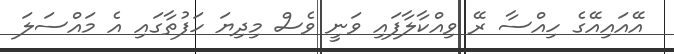
އޭއައިއޭގެ ހިއްސާ ރޭ ވިއްކާލާފައި ވަނީ ވެސް މިދިޔަ ހަފުތާގައި އެ މައްސަލަ